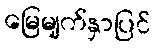
မြေမျက်နှာပြင်